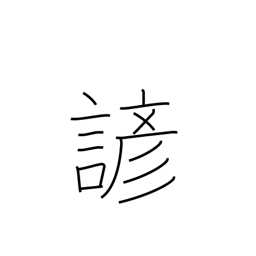
Meaning: proverb